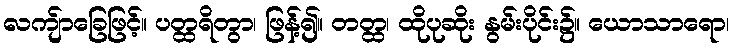
လကျ်ာခြေဖြင့်။ ပတ္ထရိတွာ၊ ဖြန့်၍။ တတ္ထ၊ ထိုပုဆိုး နွမ်းပိုင်း၌။ ယောသာရော၊